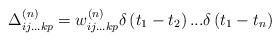
LaTeX: \begin{align*} {\rm{\Delta }}_{ij...kp}^{\left( n \right)} = w_{ij...kp}^{\left( n \right)}\delta \left( {{t_1} - {t_2}}\right)...\delta \left( {{t_1} - {t_n}} \right)\end{align*}